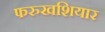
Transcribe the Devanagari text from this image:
फरुखशियार